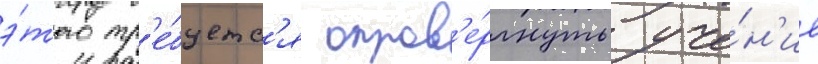
э́того тр'е́буетс'я опров'е́ргнуть уче́н'ие